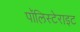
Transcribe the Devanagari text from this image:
पॉलिस्टेराइट